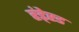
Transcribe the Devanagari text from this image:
हंडे्रड